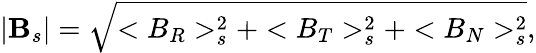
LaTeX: |\mathbf{B}_{s}|=\sqrt{<B_{R}>_{s}^{2}+<B_{T}>_{s}^{2}+<B_{N}>_{s}^{2}},